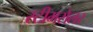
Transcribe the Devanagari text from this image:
स्टीमरोलर